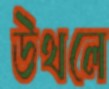
উথলে